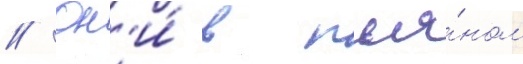
// Он'и́ в пья́ном